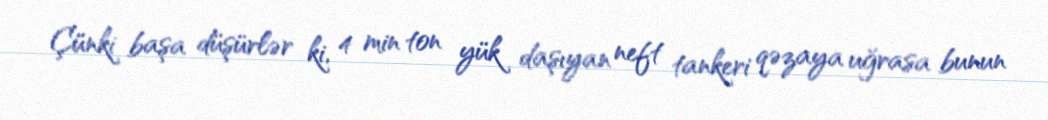
Çünki başa düşürlər ki, 4 min ton yük daşıyan neft tankeri qəzaya uğrasa bunun